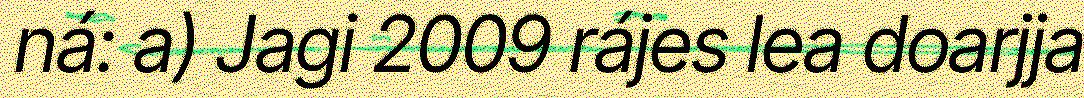
ná: a) Jagi 2009 rájes lea doarjja